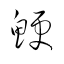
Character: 鯁